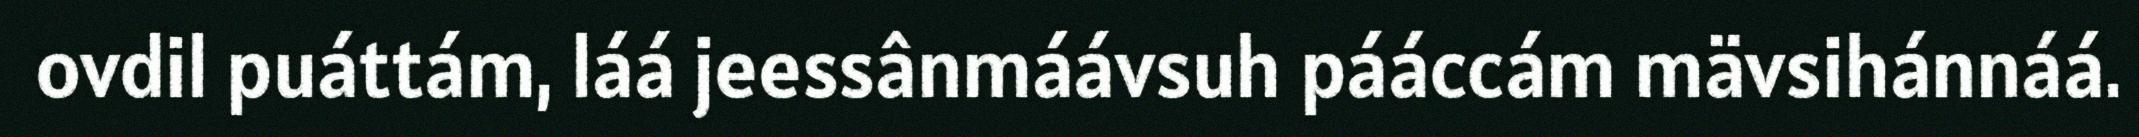
ovdil puáttám, láá jeessânmáávsuh pááccám mävsihánnáá.